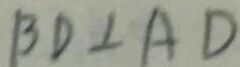
B D \bot A D